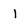
Character: I